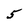
Character: 5